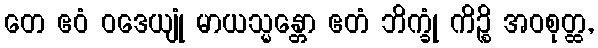
တေ ဧဝံ ဝဒေယျုံ မာယသ္မန္တော ဧတံ ဘိက္ခုံ ကိဉ္စိ အဝစုတ္ထ,